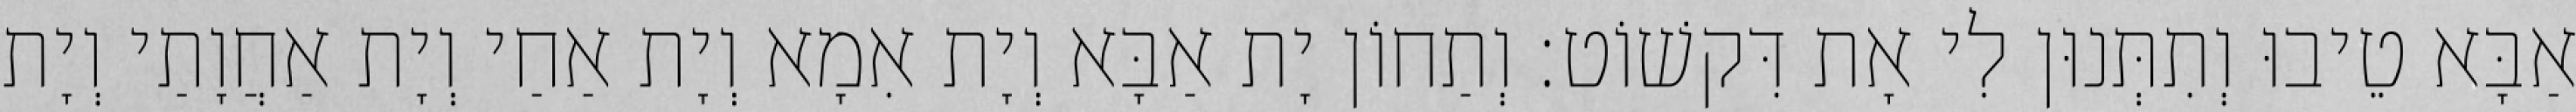
אַבָּא טֵיבוּ וְתִתְּנוּן לִי אָת דִּקשׁוֹט׃ וְתַחוֹן יָת אַבָּא וְיָת אִמָא וְיָת אַחַי וְיָת אַחֲוָתַי וְיָת